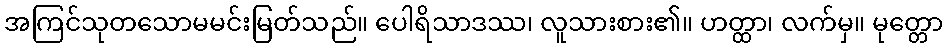
အကြင်သုတသောမမင်းမြတ်သည်။ ပေါရိသာဒဿ၊ လူသားစား၏။ ဟတ္ထာ၊ လက်မှ။ မုတ္တော